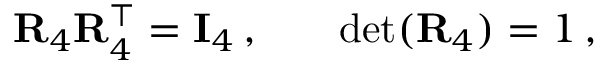
\begin{array} { r l r } { \mathbf { R } _ { 4 } \mathbf { R } _ { 4 } ^ { \top } = \mathbf { I } _ { 4 } \, , } & { { } } & { \operatorname* { d e t } ( \mathbf { R } _ { 4 } ) = 1 \, , } \end{array}